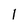
Character: 1